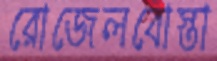
রোজেলবোস্তা